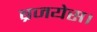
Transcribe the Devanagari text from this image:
ब्रजयेस।